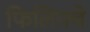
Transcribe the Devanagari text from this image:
फिलिपचे